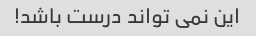
این نمی تواند درست باشد!